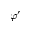
\varphi ^ { \prime }